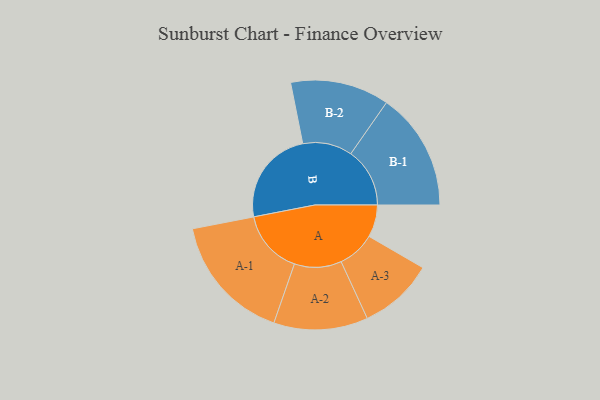
{"axis": {"x": "Segment", "y": "Value"}, "legend": ["", "A", "B"], "data": [{"x": "A", "y": 122, "type": ""}, {"x": "B", "y": 363, "type": ""}, {"x": "A-1", "y": 242, "type": "A"}, {"x": "A-2", "y": 178, "type": "A"}, {"x": "A-3", "y": 142, "type": "A"}, {"x": "B-1", "y": 223, "type": "B"}, {"x": "B-2", "y": 187, "type": "B"}]}